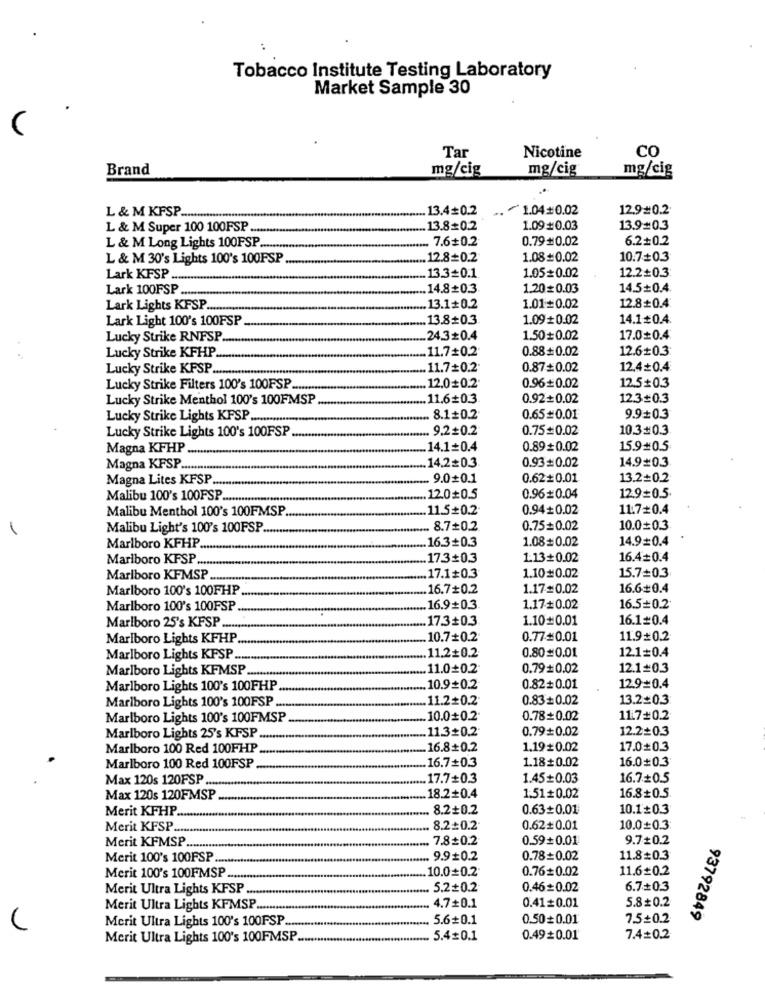
..
Tobacco Institute Testing Laboratory
Market Sample 30
Tar
Nicotine
CO
Brand
mg/cig
mg/cig
mg/cig
13.4=0.2
.. 1.04#0.02
12.9=0.2
L & M KFSP.
L & M Super 100 100FSP ....
13.8+0.2
1.09#0.03
13.9=0.3
7.6+0.2
0.79#0.02
6.2+0.2
L & M Long Lights 100FSP ..
L & M 30's Lights 100's 100FSP
12.8=0.2
1.08#0.02
10.7=0.3
Lark KFSP ....
13.3=0.1.
1.05=0.02
12.2+0.3
Lark 100FSP
14.8=0.3.
1.20=0.03
14.5+0.4.
Lark Lights KFSP.
13.1+0.2
1.01=0.02
12.8+0.4
Lark Light 100's 100FSP
13.8=0.3
1.09#0.02
14.1#0.4.
Lucky Strike RNFSP.
24.30.4
1.50+0.02
17.00.4
Lucky Strike KFHP.
11.7=0.2
0.88+0.02
12.6+0.3
Lucky Strike KFSP.
.11.7=0.2
0.87+0.02
12.4+0.4
Lucky Strike Filters 100's 100FSP
12.0+0.2
0.96+0.02
12.5+0.3
Lucky Strike Menthol 100's 100FMSP
.11.6=0.3
0.92+0.02
12.3=0.3
Lucky Strike Lights KFSP.
8.1+0.2
0.65#0.01
9.9+0.3
9.2=0.2
0.75=0.02
10.3#0.3
Lucky Strike Lights 100's 100FSP
Magna KFHP.
14.1=0.4
0.89 0.02
15.9#0.5
14.2=0.3
0.93+0.02
14.9#0.3
Magna KFSP ...
Magna Lites KFSP
9.00.1
0.62+0.01
13.2+0.2
Malibu 100's 100PSP .......
12.0=0.5
0.96#0.04
12.9=0.5.
Malibu Menthol 100's 100FMSP.
11.5+0.2.
0.94+0.02
11.70.4
Malibu Light's 100's 100FSP ..
8.7+0.2
0.75=0.02
10.0+0.3
16.3=0.3
1.08#0.02
14.9=0.4
Marlboro KFHP.
Marlboro KFSP ....
17.3+0.3
1.13+0.02
16.4=0.4
Marlboro KFMSP ..
17.1+0.3
1.10#0.02
15.7=0.3
Marlboro 100's 100FHP
16.70.2
1.17=0.02
16.6#0.4
Marlboro 100's 100FSP
16.9+0.3
1.17#0.02
16.5=0.2
17.3#0.3
1.10#0.01
16.1=0.4
Marlboro 25's KFSP ....
Marlboro Lights KFHP
10.7+0.2
0.77#0.01
11.9=0.2
12.1=0.4
Marlboro Lights KFSP.
11.2+0.2
0.80#0.01
Marlboro Lights KFMSP.
11.0+0.2
0.79#0.02
12.1=0.3
Marlboro Lights 100's 100FHP
10.9+0.2
0.82+0.01
12.9=0.4
11.2=0.2
0.83+0.02
13.2=0.3
Marlboro Lights 100's 100FSP ...
Marlboro Lights 100's 100FMSP
10.0+0.2.
0.78+0.02
11.7#0.2
11.3+0.2
0.79+0.02
12.2=0.3
Marlboro Lights 25's KFSP .......
Marlboro 100 Red 100FHP
16.8+0.2
1.19#0.02
17.0+0.3
16.7+0.3
1.18#0.02
16.0#0.3
Marlboro 100 Red 100FSP
Max 120s 120FSP
-
17.7+0.3
1.45+0.03
16.7+0.5
Max 120s 120FMSP
18.2+0.4
1.51+0.02
16.8+0.5.
Merit KFHP
8.2+0.2
0.63+0.01
10.1+0.3
Merit KFSP.
8.2=0.2.
0.62+0.01
10.0+0.3
Merit KFMSP
7.8=0.2
0.59+0.01
9.7+0.2
Merit 100's 100FSP
. 9.90.2
0.78=0.02
11.8 0.3
Merit 100's 100FMSP .
10.0+0.2
0.76= 0.02
11.6#0.2
Merit Ultra Lights KFSP
5.2+0.2
0.46=0.02
6.7+0.3
0.41=0.01
5.8+0.2
Merit Ultra Lights KFMSP ..
4.7+0.1
93792849
5.6+0.1
0.50+0.01
7.5+0.2
Merit Ultra Lights 100's 100PSP .......
Merit Ultra Lights 100's 100FMSP ..
.. 5.40.1
0.49#0.01'
7.4=0.2